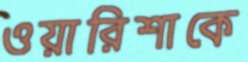
ওয়ারিশাকে